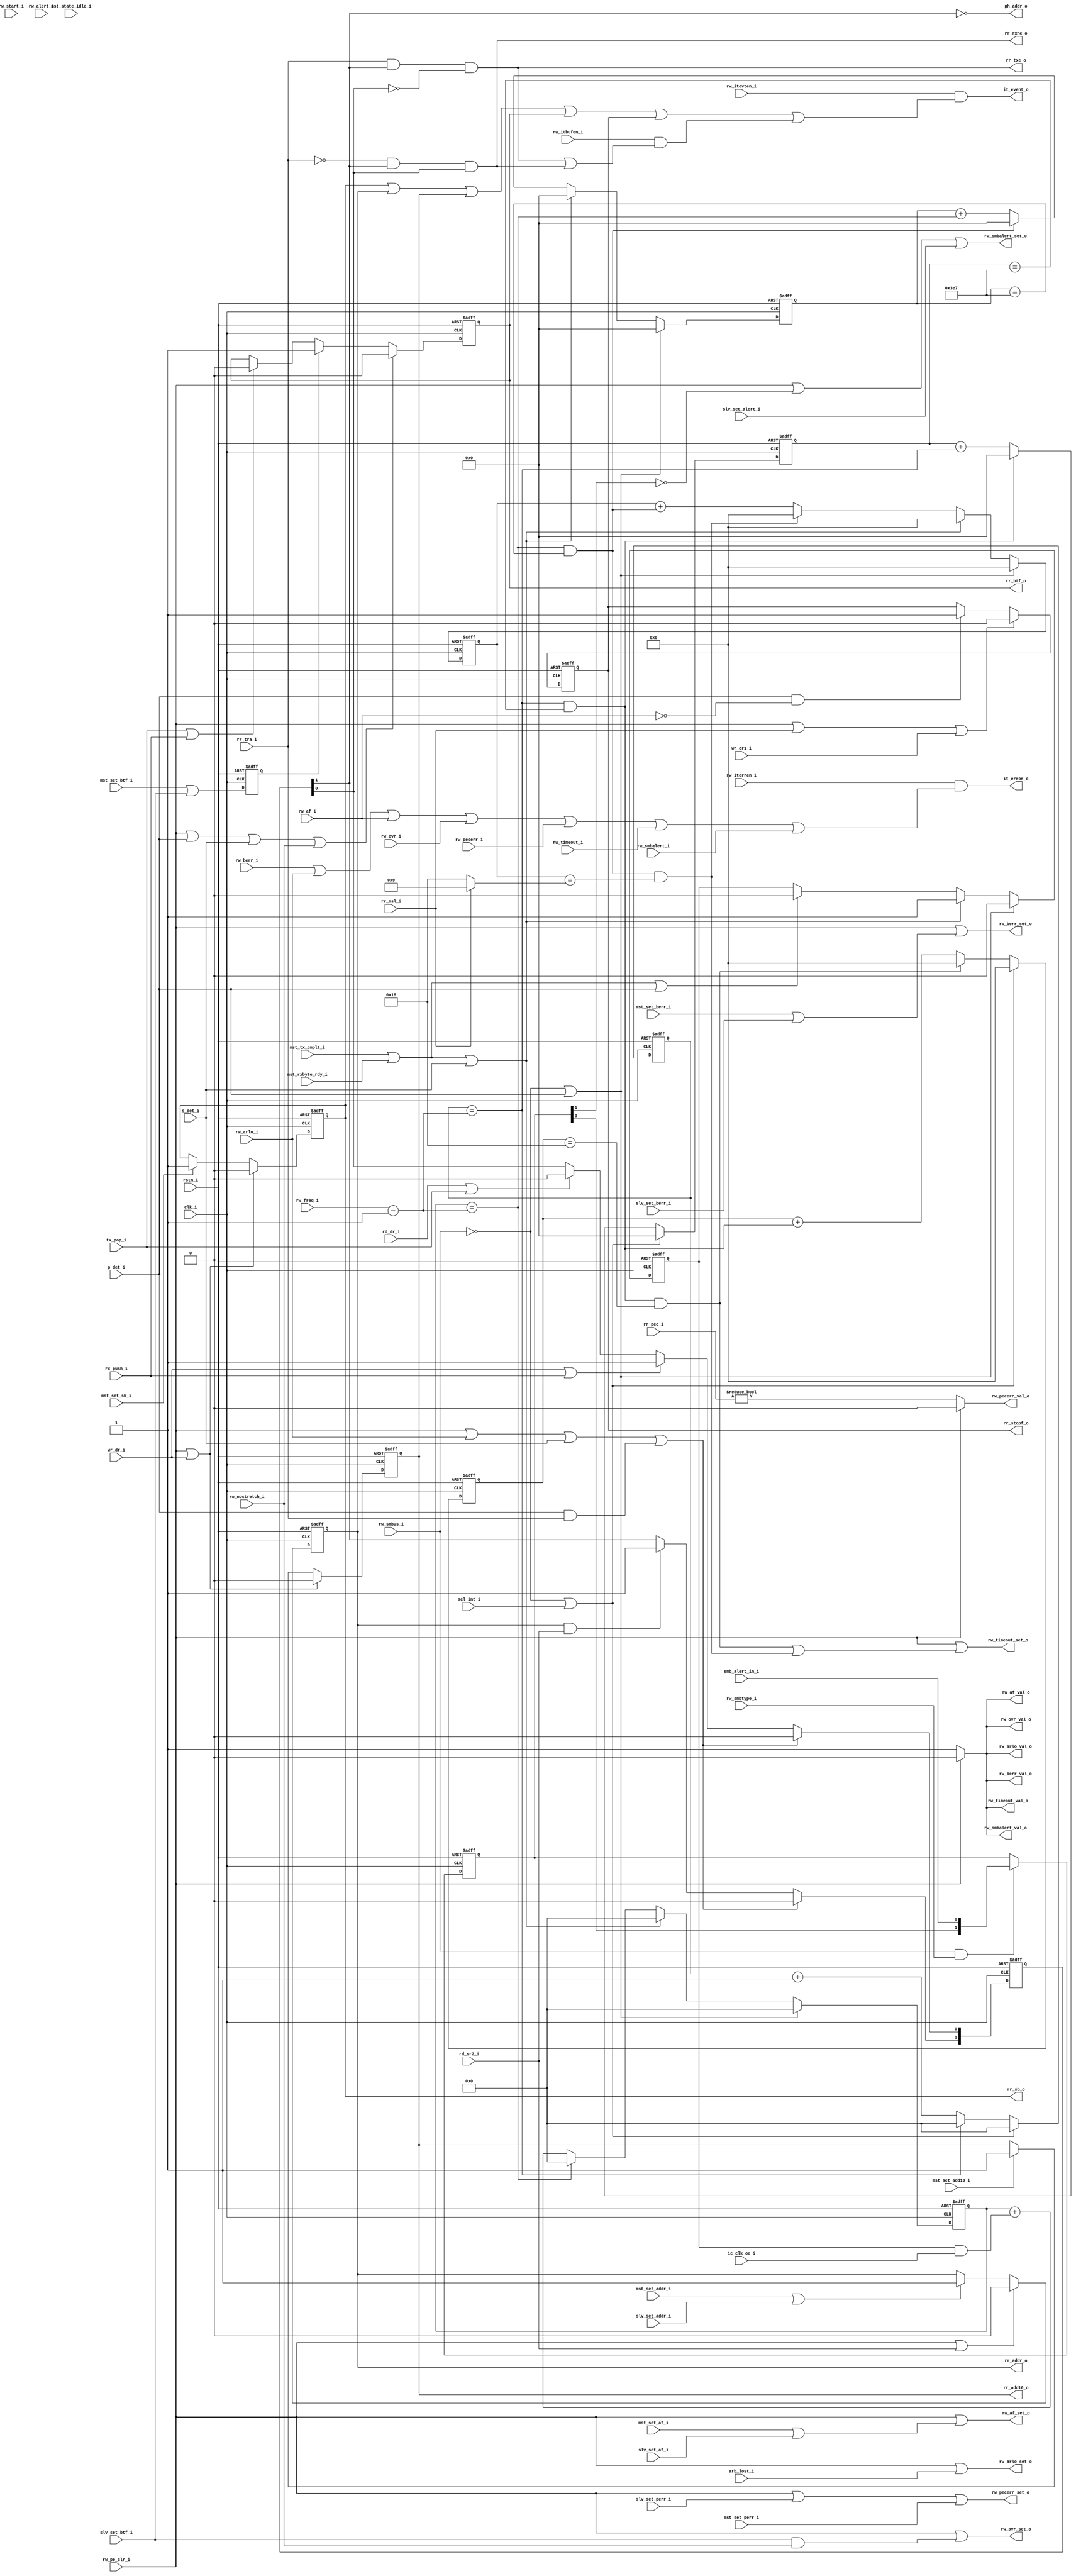
module i2c_sr1
  (
   input       clk_i,
   input       rstn_i,

   input       smb_alert_in_i,
   
   input       rw_pe_clr_i,
   input       rw_start_i,
   input       rw_nostretch_i,
   input       rw_smbus_i,
   input       rw_smbtype_i,
   input       rw_alert_i,
   input       rw_iterren_i,
   input       rw_itevten_i,
   input       rw_itbufen_i,
   input [5:0] rw_freq_i,
   input       rr_msl_i, // from sr2 , 0:slv 1:mst
   input       rr_tra_i, // from sr2 , 0:rx  1:tx
   input [7:0] rr_pec_i,
   
   output reg  rr_sb_o,
   output reg  rr_addr_o,
   output reg  rr_btf_o,
   output reg  rr_stopf_o,
   output      rr_rxne_o,
   output      rr_txe_o,
   output reg  rr_add10_o,
   input       rw_berr_i,
   output      rw_berr_set_o,
   output      rw_berr_val_o,
   input       rw_arlo_i,
   output      rw_arlo_set_o,
   output      rw_arlo_val_o,
   input       rw_af_i,
   output      rw_af_set_o,
   output      rw_af_val_o,
   input       rw_ovr_i,
   output      rw_ovr_set_o,
   output      rw_ovr_val_o,
   input       rw_pecerr_i,
   output      rw_pecerr_set_o,
   output      rw_pecerr_val_o,
   input       rw_timeout_i,
   output      rw_timeout_set_o,
   output      rw_timeout_val_o,
   input       rw_smbalert_i,
   output      rw_smbalert_set_o,
   output      rw_smbalert_val_o,

   output      it_event_o,
   output      it_error_o,
   output      ph_addr_o,

   input       mst_state_idle_i,
   input       mst_set_sb_i,
   input       mst_set_addr_i,
   input       slv_set_addr_i,
   input       mst_set_btf_i,
   input       slv_set_btf_i,
   input       mst_set_add10_i,
   input       mst_set_berr_i,
   input       slv_set_berr_i,
   input       mst_set_af_i,
   input       slv_set_af_i,
   input       slv_set_alert_i,
   input       slv_set_perr_i,
   input       mst_set_perr_i,
   input       mst_tx_cmplt_i,
   input       mst_rxbyte_rdy_i,
   input       ic_clk_oe_i,
   input       scl_int_i,

   input       s_det_i,
   input       p_det_i,
   input       tx_pop_i,
   input       rx_push_i,
   input       arb_lost_i,
   
   input       wr_dr_i,
   input       rd_dr_i,
   input       rd_sr2_i,
   input       wr_cr1_i
   );
    // **************************************************************** 
    // **                            intr                            ** 
    // ****************************************************************
    assign it_event_o  = rw_itevten_i & (rr_sb_o | rr_addr_o | rr_add10_o | rr_btf_o | rr_stopf_o | 
                                         (rw_itbufen_i & (rr_txe_o | rr_rxne_o)));
    assign it_error_o = rw_iterren_i & (rw_berr_i | rw_arlo_i | rw_af_i | rw_ovr_i | rw_pecerr_i | rw_timeout_i | rw_smbalert_i);
    // **************************************************************** 
    // **                        all reg flag                        ** 
    // **************************************************************** 
    always @(posedge clk_i or negedge rstn_i) begin
        if (!rstn_i) begin
            rr_sb_o <= 1'b0;
        end
        else if(rw_pe_clr_i | wr_dr_i) begin
            rr_sb_o <= 1'b0;
        end
        else if(mst_set_sb_i) begin
            rr_sb_o <= 1'b1 ;
        end
    end
    always @(posedge clk_i or negedge rstn_i) begin
        if (!rstn_i) begin
            rr_addr_o <= 1'b0;
        end
        else if(rw_pe_clr_i | rd_sr2_i) begin
            rr_addr_o <= 1'b0;
        end
        else if(mst_set_addr_i | slv_set_addr_i) begin
            rr_addr_o <= 1'b1;
        end
    end
    // use st_dr[1:0] to instead of btf/txe/rxne
    reg [1:0] st_dr;
    assign ph_addr_o = ~st_dr[1] ;
    always @(posedge clk_i or negedge rstn_i) begin
        if (!rstn_i) begin
            st_dr <= 2'b0;
        end
        else if(rw_pe_clr_i | rw_arlo_i | s_det_i | (p_det_i & rr_tra_i)) begin
            st_dr <= 2'b0;
        end
        else begin
            // [1] : valid after addr phase
            // [0] : 0:empty , 1:full for DR reg
            st_dr[1] <= rr_addr_o & rd_sr2_i ? 1'b1 : st_dr[1] ;
            st_dr[0] <= (wr_dr_i | rx_push_i) ? 1'b1 : (rd_dr_i | tx_pop_i) ? 1'b0 : st_dr[0] ;
        end
    end

    assign rr_txe_o  =  rr_tra_i & st_dr[1] & ~st_dr[0] ;
    assign rr_rxne_o  = ~rr_tra_i &st_dr[1] & st_dr[0] ;

    reg btf_set_r;
    always @(posedge clk_i or negedge rstn_i) begin
        if (!rstn_i) begin
            btf_set_r <= 1'b0;
        end
        else begin
            btf_set_r <= (mst_set_btf_i | slv_set_btf_i) ;
        end
    end

    always @(posedge clk_i or negedge rstn_i) begin
        if (!rstn_i) begin
            rr_btf_o <= 1'b0;
        end
        else if(rw_pe_clr_i | p_det_i | s_det_i | rw_nostretch_i) begin
            rr_btf_o <= 1'b0;
        end
        else begin
            //rr_btf_o <= (mst_set_btf_i | slv_set_btf_i) ? 1'b1 : (tx_pop_i | rx_push_i) ? 1'b0 : rr_btf_o ;
            rr_btf_o <= btf_set_r ? 1'b1 : (tx_pop_i | rx_push_i) ? 1'b0 : rr_btf_o ;
        end
    end

    always @(posedge clk_i or negedge rstn_i) begin
        if (!rstn_i) begin
            rr_add10_o <= 1'b0;
        end
        else begin
            // only for master mode
            rr_add10_o <= (rw_pe_clr_i | wr_dr_i) ? 1'b0 : mst_set_add10_i ? 1'b1 : rr_add10_o ;
        end
    end
    always @(posedge clk_i or negedge rstn_i) begin
        if (!rstn_i) begin
            rr_stopf_o <= 1'b0;
        end
        else begin
            // only for slave mode
            rr_stopf_o <= (rw_pe_clr_i | rr_msl_i | wr_cr1_i) ? 1'b0 : (p_det_i & ~rw_af_i) ? 1'b1 : rr_stopf_o;
        end
    end
    // **************************************************************** 
    // **                            rc_w0                            ** 
    // ****************************************************************
    assign rw_berr_set_o  = rw_pe_clr_i | (mst_set_berr_i | slv_set_berr_i);
    assign rw_berr_val_o  = rw_pe_clr_i ? 1'b0 : 1'b1 ;

    assign rw_arlo_set_o  = rw_pe_clr_i | arb_lost_i ;
    assign rw_arlo_val_o  = rw_pe_clr_i ? 1'b0 : 1'b1 ;

    assign rw_af_set_o  = rw_pe_clr_i | (mst_set_af_i | slv_set_af_i) ;
    assign rw_af_val_o  = rw_pe_clr_i ? 1'b0 : 1'b1 ;

    assign rw_ovr_set_o  = rw_pe_clr_i | (slv_set_btf_i & rw_nostretch_i) ;
    assign rw_ovr_val_o  = rw_pe_clr_i ? 1'b0 : 1'b1 ;

    assign rw_pecerr_set_o  = rw_pe_clr_i | slv_set_perr_i | mst_set_perr_i;
    assign rw_pecerr_val_o  = rw_pe_clr_i ? 1'b0 : (rr_pec_i != 8'h0) ;

    // **************************************************************** 
    // **                       smbus timeout                        **
    // 1. scl low for 25ms                        : scl_int   = 0
    // 2. mst cumulative clock low more than 10ms : ic_clk_oe = 1
    // 3. slv cumulative clock low more than 25ms : ic_clk_oe = 1
    // max freq = 50M , N = 35*50 * 1000 = (/ (* 35 50 1000) 1024.0) = 1.7 * 1024 * 1024 = 21 bit
    // cnt 0 for Timout
    // cnt 1 for Tlow_mext or Tlow_sext
    // ****************************************************************
    wire ps0_us,ps0_ms,ps0_tout;
    wire ps1_us,ps1_ms,ps1_tout;
    reg [5:0] cnt0_ck,cnt1_ck;
    reg [9:0] cnt0_us,cnt1_us;
    reg [4:0] cnt0_ms,cnt1_ms;
    reg       cnt1_en;
    wire      ext_det;
    wire [4:0] tout1_ms;
    wire       cnt1_beg,cnt1_end;
    

    assign ps0_us = (cnt0_ck == rw_freq_i - 6'b1) ;
    assign ps0_ms = ps0_us & (cnt0_us == 10'd999) ;
    assign ps0_tout  = ps0_ms & (cnt0_ms == 5'd24) ; // 25ms tout
    always @(posedge clk_i or negedge rstn_i) begin
        if (!rstn_i) begin
            cnt0_ck  <= 6'b0;
            cnt0_us  <= 10'b0;
            cnt0_ms  <= 5'b0;
        end
        else if(~rw_smbus_i | scl_int_i)begin
            cnt0_ck  <= 6'b0;
            cnt0_us  <= 10'b0;
            cnt0_ms  <= 5'b0;
        end
        else begin
            cnt0_ck  <= ps0_us   ? 6'b0  : cnt0_ck + 6'b1 ;
            cnt0_us  <= ps0_ms   ? 10'b0 : cnt0_us + {9'd0,ps0_us} ;
            cnt0_ms  <= ps0_tout ? 5'b0  : cnt0_ms + {4'd0,ps0_ms} ;
        end
    end
    assign ext_det  = ic_clk_oe_i ;
    assign ps1_us = (cnt1_ck == rw_freq_i - 6'b1) ;
    assign ps1_ms  = ps1_us & (cnt1_us == 10'd999) ;
    assign tout1_ms  = rr_msl_i ? 5'd9 : 5'd24 ;
    // rr_msl_i default is 0 , so s_det_i always valid for mst and slv    
    assign cnt1_beg = (mst_tx_cmplt_i | mst_rxbyte_rdy_i | s_det_i) ; 
    assign cnt1_end = (mst_tx_cmplt_i | mst_rxbyte_rdy_i | p_det_i) ; 
    assign ps1_tout = ps1_ms & (cnt1_ms == tout1_ms) ;
    
    always @(posedge clk_i or negedge rstn_i) begin
        if (!rstn_i) begin
            cnt1_ck <= 6'b0;
            cnt1_us <= 10'b0;
            cnt1_ms <= 5'b0;
            cnt1_en <= 1'b0;
        end
        else if(~rw_smbus_i | p_det_i)begin
            // reset after p_det
            cnt1_ck <= 6'b0;
            cnt1_us <= 10'b0;
            cnt1_ms <= 5'b0;
            cnt1_en <= 1'b0;
        end
        else begin
            // reset after beg pulse , check at end pulse
            // beg and end pulse may be same time
            cnt1_en  <= cnt1_beg ? 1'b1  : cnt1_end ? 1'b0  : cnt1_en ;
            cnt1_ck  <= cnt1_beg ? 6'b0  : ps1_us   ? 6'b0  : cnt1_ck + {5'd0,cnt1_en & ext_det};
            cnt1_us  <= cnt1_beg ? 10'b0 : ps1_ms   ? 10'b0 : cnt1_us + {9'd0,ps1_us} ;
            cnt1_ms  <= cnt1_beg ? 5'b0  : ps1_tout ? 5'b0  : cnt1_ms + {4'd0,ps1_ms} ;
        end
    end
    
    assign rw_timeout_set_o  = rw_pe_clr_i | (ps0_tout | ps1_tout) ;
    assign rw_timeout_val_o  = rw_pe_clr_i ? 1'b0 : 1'b1 ;

    reg [1:0] alert_in_sync;
    always @(posedge clk_i or negedge rstn_i) begin
        if (!rstn_i) begin
            alert_in_sync <= 2'b11;
        end
        else if(rw_smbus_i & rw_smbtype_i) begin
            // only for smb host
            alert_in_sync <= {alert_in_sync[0],smb_alert_in_i};
        end
    end

    assign rw_smbalert_set_o  = rw_pe_clr_i | ~alert_in_sync[1] | slv_set_alert_i ;
    assign rw_smbalert_val_o  = rw_pe_clr_i ? 1'b0 : 1'b1 ;
    
endmodule